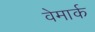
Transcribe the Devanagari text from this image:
वेमार्क